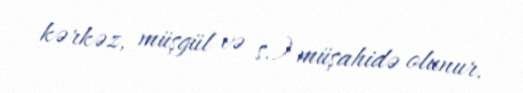
kərkəz, müşgül və s.) müşahidə olunur.